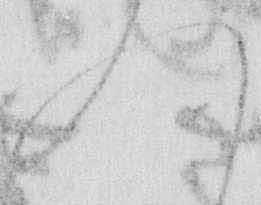
れ